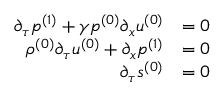
\begin{array} { r l } { \partial _ { \tau } \ensuremath { p ^ { ( 1 ) } } + \gamma \ensuremath { p ^ { ( 0 ) } } \partial _ { x } \ensuremath { u ^ { ( 0 ) } } } & { = 0 } \\ { \ensuremath { \rho ^ { ( 0 ) } } \partial _ { \tau } \ensuremath { u ^ { ( 0 ) } } + \partial _ { x } \ensuremath { p ^ { ( 1 ) } } } & { = 0 } \\ { \partial _ { \tau } \ensuremath { s ^ { ( 0 ) } } } & { = 0 } \end{array}